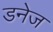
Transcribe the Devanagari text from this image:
डनेज